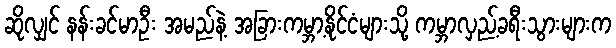
ဆိုလျှင် နန်းခင်မာဦး အမည်နဲ့ အခြားကမ္ဘာ့နိုင်ငံများသို့ ကမ္ဘာလှည့်ခရီးသွားများက